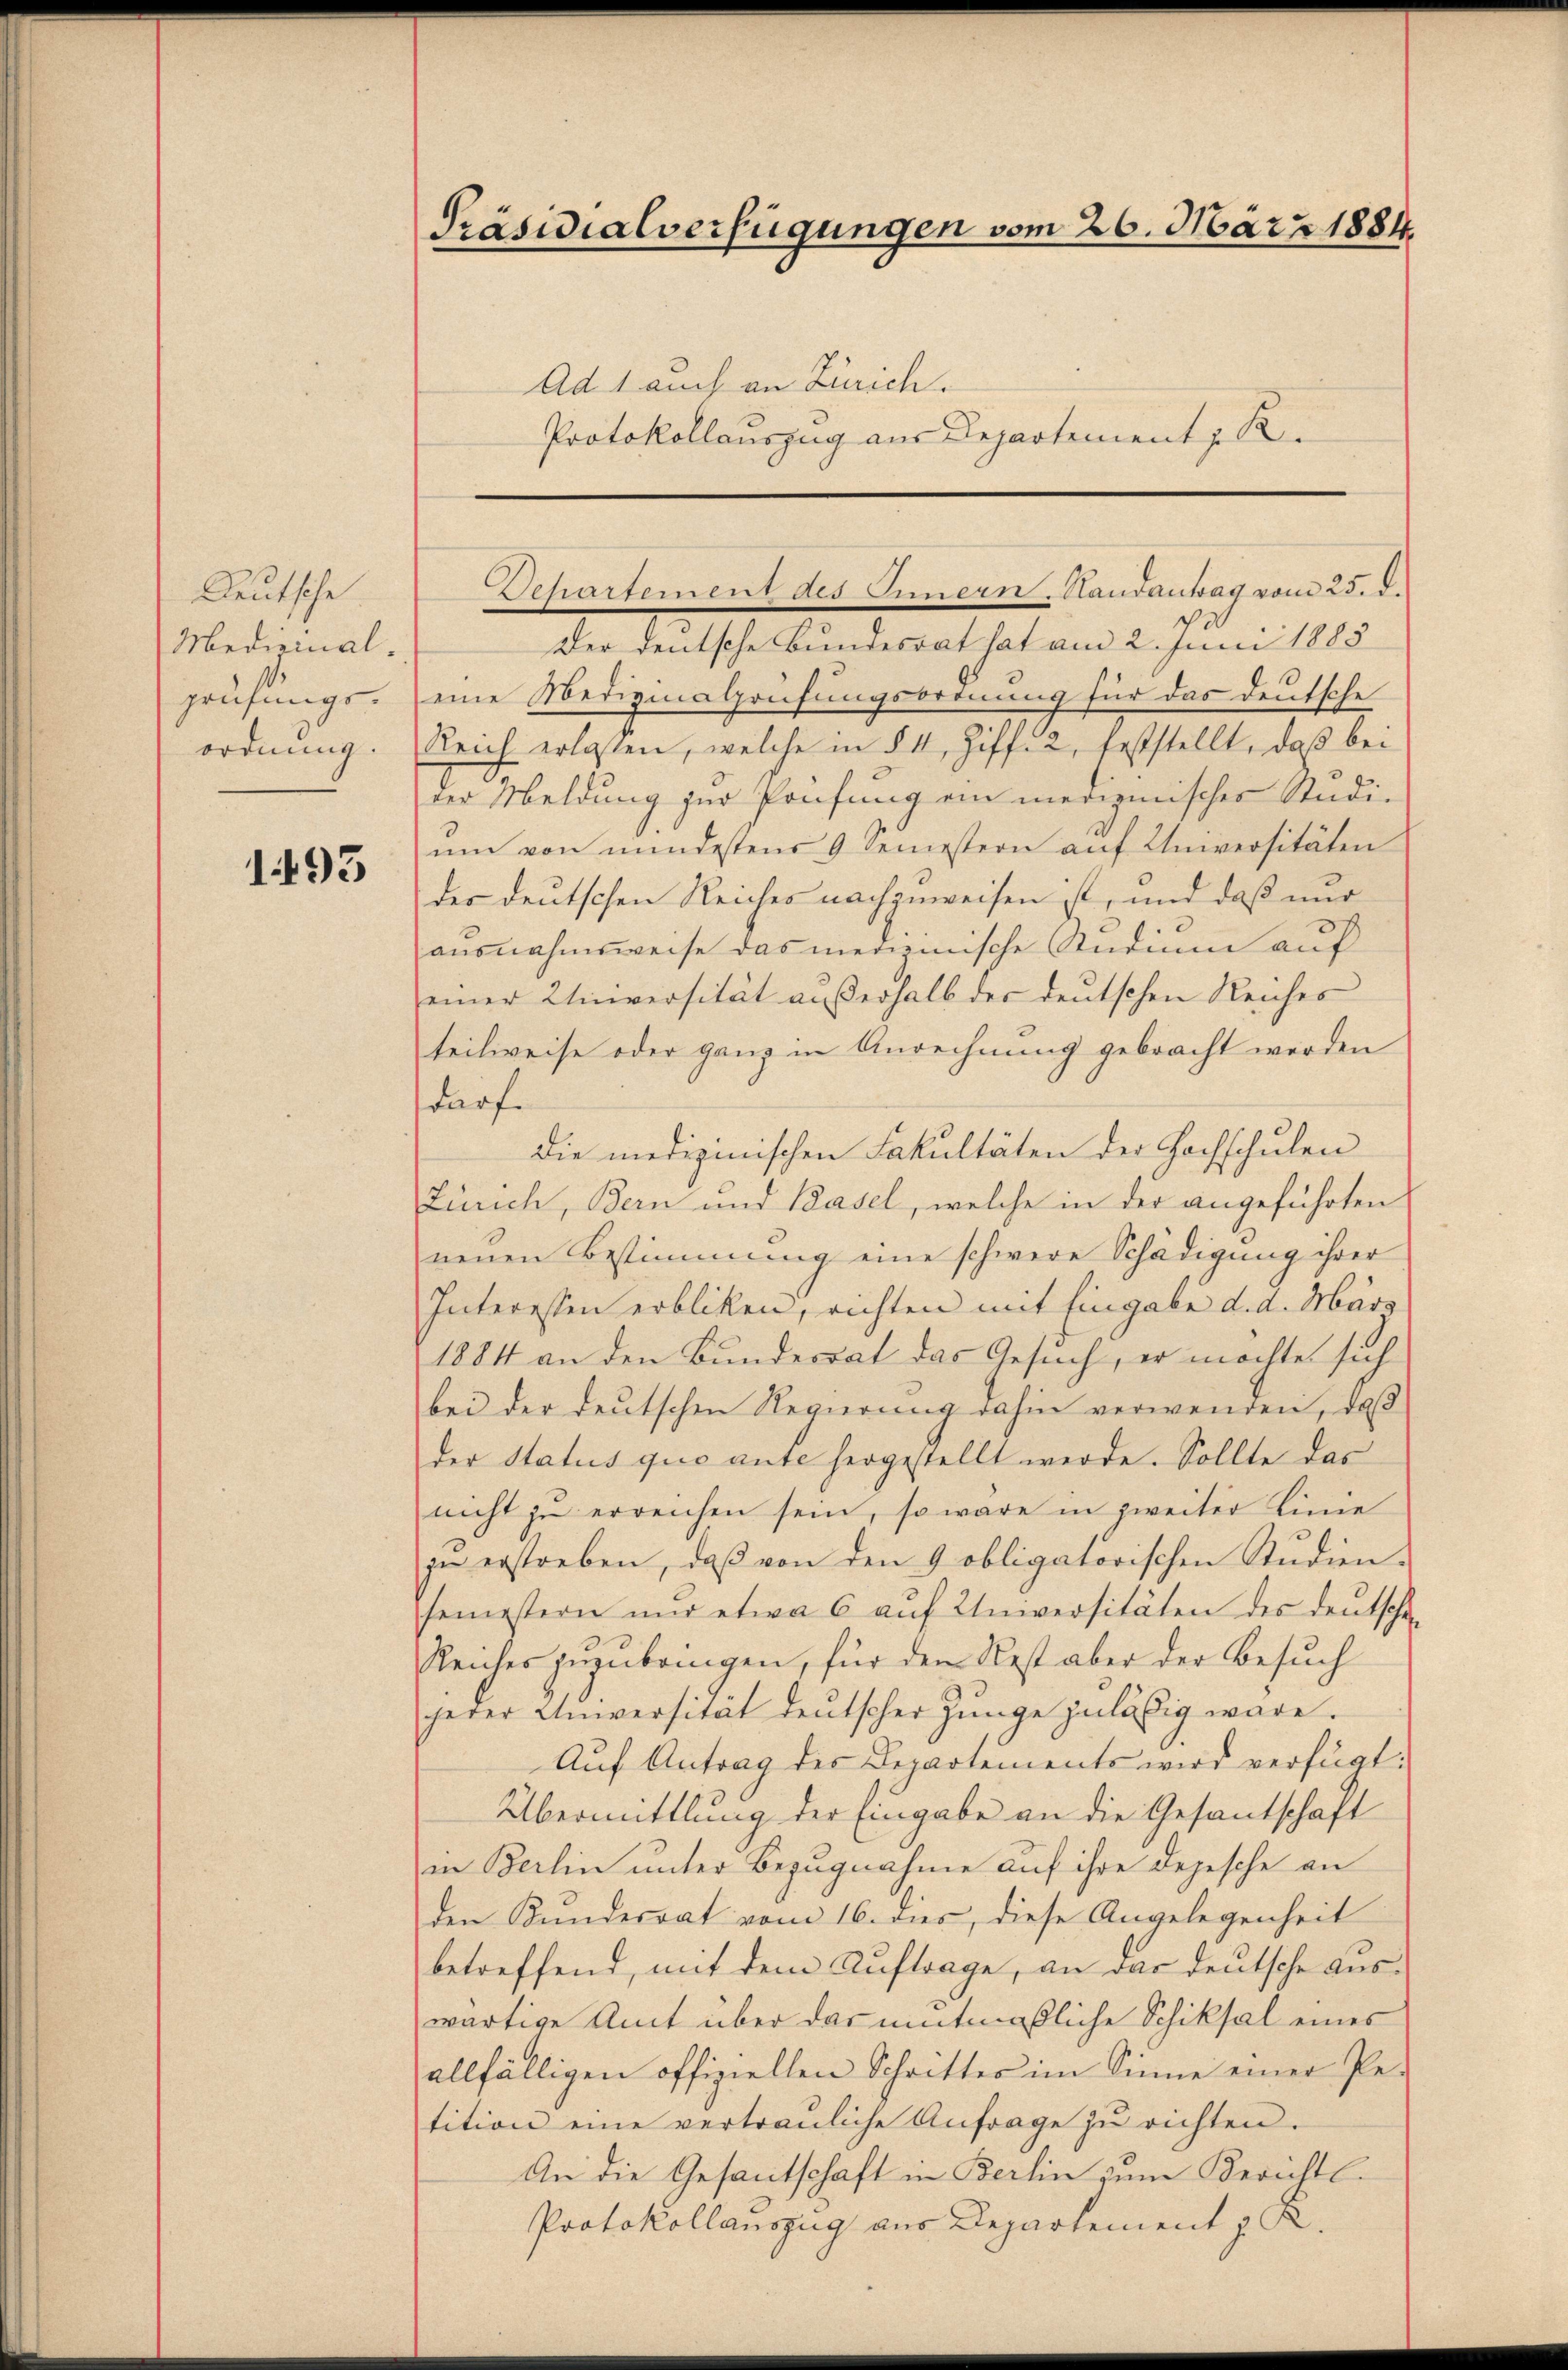
Deutsche
Medizinalprüfungs-
ordnung.

193

Präsidialverfügungen vom 26. März 1884.

Ad 1 auch an Zürich.
Protokollauszug aus Departement z. R.

Der deutsche Bundesrat hat am 2. Juni 1885
eine Medizinalrüfungsordnung für das deutsche
Reich erlassen, welche in § 4, Ziff. 2, feststellt, daß bei
der Meldung zur Prüfung ein medizinischer Studi-
ŭm von mindestens 9 Semestern aŭf Universitäten
der deutschen Reiches nachzuweisen ist, und daß nur
ausnahmsweise das medianische Studium auf
einer Uinversität außerhalb der deutschen Reiches
teilweise oder ganz in Anrechnung gebracht werden
darf.
die medizinischen Fakultäten der Hochschulen
Zürich, Bern und Basel, welche in der angeführten
neuen Bestimmung eine schwere Schädigung ihrer
Interessen erbliken, richten mit Eingabe d. d. März
1884 an den Bundesrat das Gesuch, er möchte sich
bei der deutschen Regierung dahin verwenden, daß
der Status quo ante hergestellt werde. Sollte das
nicht zŭ erreichen sein, so wäre in zweiter Linie
zu erstreben, daß von den 9 obligatorischen Studien-
semestern und etwa 6 auf Universitäten des deutscha
Reiches zuzubringen, für den Rest aber der Besuch
herer Universität deutscher Junge zulässig wäre.
Auf Antrag des Departements wird verfügt:
Übermittlung der Eingabe an die Gesantschaft
in Berlin unter Bezugnahme auf ihre Depesche an
den Kundesrat vom 16. dies, diese Angelegenheit
betreffend, mit dem Auftrage, an das deutsche Auswärtige Amt über das mitmaßliche Schiksal eines
allfälligen offiziellen Schrittes im Sinne einer Pe-
tition eine vertrauliche Anfrage zu richten.
An die Gesantschaft in Berlin zum Berichts-
Protokollauszug aus Departement z. R.

Departement des Innern. Handantag vom 25. d.